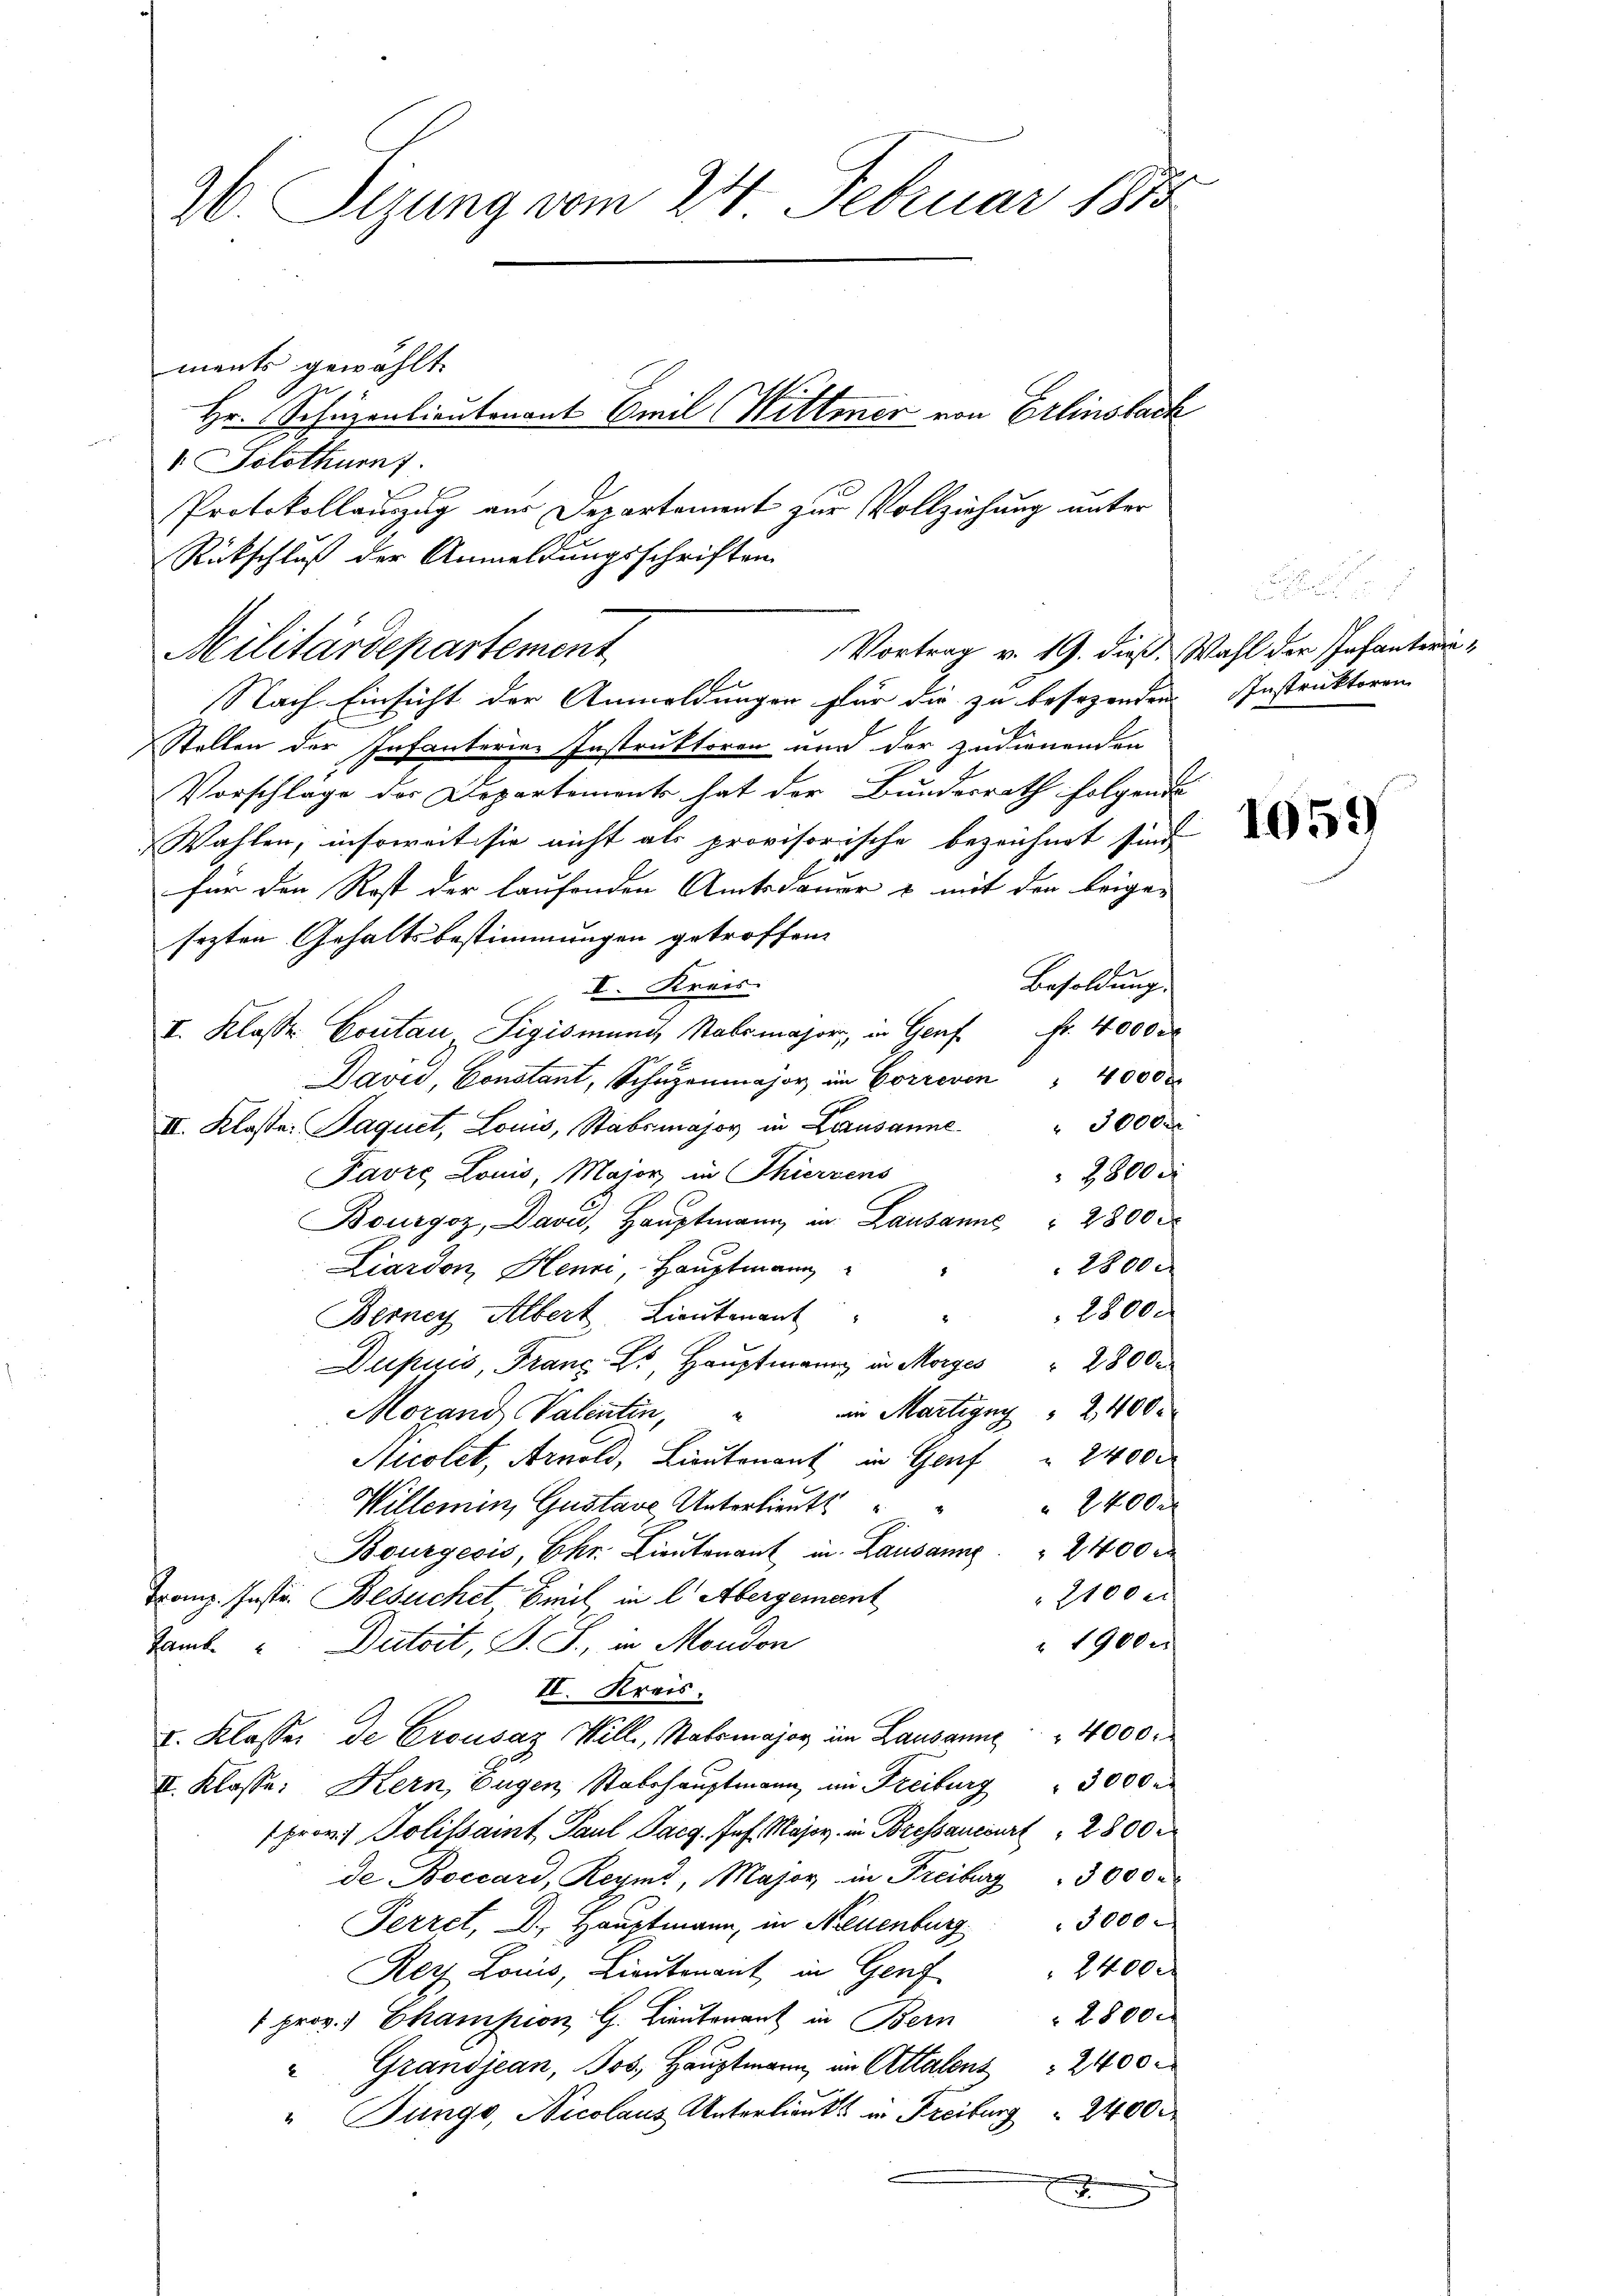
26. Sitzung vom 24. Februar 1878
ment gewählt.
Hr. Schuzenlieutenant Emil Wittmer von Erlinstack

1. Solothurnf
Protokollauszug aus Departement zur Vollziehung unter
Rückschluß der Anmeldungsschriften
Militärdepartement
E
Nach Einsicht der Anmeldungen für die zu besagenden Instruktoren
Stellen der Infanterie Instruktoren und der zudienenden
Vorschläge der Departements hat der Bundesrath folgende
Wahlen, insoweitisie nicht als provisorische bezeichnet sind.
für den Rest der laufenden Amtsdauer & mit den beigesezten Gehaltsbestimmungen getroffen.
Besoldung.
I. Kreis
I. Klasse Contan Sigismund, Nabsmajor, in Genf fr. 40000
David, Constant, Schŭzenmajor, im Correvon " 4000
II. Klasse. Jaquet, Louis, Stabsmajor in Lausanne " 3000
2800 d
Pavre Louis, Major in Thierzens
Bourgoz, Davu, Hauptmann in Lausanne 2800 x
2800 x
Liardon, Henni, Hauptmann
2800
Berney Albert, Lieutenant
Dupuis, Franz E., Hauptmann in Morges " 28000
ein Martigny " 2400
Morand Valentin,
Nicolet, Arnold, Lieutenant in Genf " 24000
2400 x
Willemin, Gustaue Unterlieut
Bourgeois, Ehr Lieutenant in Lausanne    2400
2100 ci
Franz. Instr. Besuchet, Emil in l. Abergement
 1900.
Samb. u. Dutoit, S. S., in Moudon
II. Kreis.
I. Klasser de Crousaz Will, Stabsmajor im Lausanne " " 4000.
II. Klasse: Kern, Eugen, Stabshauptmann im Freiburg " 3000
prov. Politsamt Paul Pacg Joh. Major in Bressanciert 2800
de Boccard, Reyms, Major in Freiburg " 3000
Perret, Dr. Hauptmann, in Neuenburg " 3000
2400 x
Rert Loris, Lieutenant, in Genf
2800.
1 prov. Champion G. Lieutenant in Bern
"Grandjean, Jos. Haŭptmann, in Attalens 2400.
" Junge, Nicolaus Unterlieut in Freiburg  2400 x

Vortrag v. 19. dieß. Wahl der Infanteria¬

.

1059